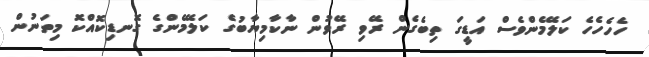
ހެހެހެހެ ކަލޭމެންވެސް އަޑީގަ ތިބެގެން ރޭވި ރޭވުން ނާކާމިޔާބުގެ ކަލޭމެންގެ ގޮނޑިކޮއްކޮ މިތަނުން